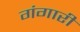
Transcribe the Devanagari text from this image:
गंगारी